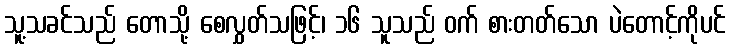
သူ့သခင်သည် တောသို့ စေလွှတ်သဖြင့်၊ ၁၆ သူသည် ဝက် စားတတ်သော ပဲတောင့်ကိုပင်